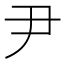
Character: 尹